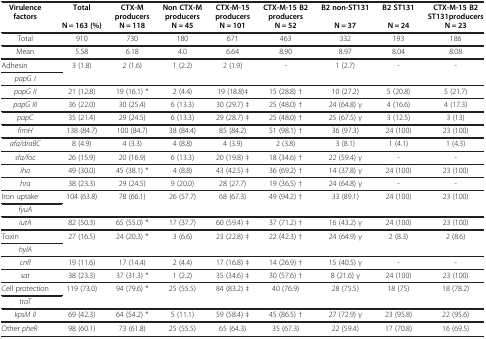
<table><thead><tr><td><b>Virulence factors</b></td><td><b>Total</b></td><td><b>CTX-M producers</b></td><td><b>Non CTX-M producers</b></td><td><b>CTX-M-15 producers</b></td><td><b>CTX-M-15 B2 producers</b></td><td><b>B2 non-ST131</b></td><td><b>B2 ST131</b></td><td><b>CTX-M-15 B2 ST131producers</b></td></tr><tr><td><b> </b></td><td><b>N = 163 (%)</b></td><td><b>N = 118</b></td><td><b>N = 45</b></td><td><b>N = 101</b></td><td><b>N = 52</b></td><td><b>N = 37</b></td><td><b>N = 24</b></td><td><b>N = 23</b></td></tr></thead><tbody><tr><td>Total</td><td>910</td><td>730</td><td>180</td><td>671</td><td>463</td><td>332</td><td>193</td><td>186</td></tr><tr><td>Mean</td><td>5.58</td><td>6.18</td><td>4.0</td><td>6.64</td><td>8.90</td><td>8.97</td><td>8.04</td><td>8.08</td></tr><tr><td>Adhesin</td><td rowspan="2">3 (1.8)</td><td rowspan="2">2 (1.6)</td><td rowspan="2">1 (2.2)</td><td rowspan="2">2 (1.9)</td><td rowspan="2">-</td><td rowspan="2">1 (2.7)</td><td rowspan="2">-</td><td rowspan="2">-</td></tr><tr><td><i>papG I</i></td></tr><tr><td><i>papG II</i></td><td>21 (12.8)</td><td>19 (16.1) *</td><td>2 (4.4)</td><td>19 (18.8)‡</td><td>15 (28.8) †</td><td>10 (27.2)</td><td>5 (20.8)</td><td>5 (21.7)</td></tr><tr><td><i>papG III</i></td><td>36 (22.0)</td><td>30 (25.4)</td><td>6 (13.3)</td><td>30 (29.7) ‡</td><td>25 (48.0) †</td><td>24 (64.8) γ</td><td>4 (16.6)</td><td>4 (17.3)</td></tr><tr><td><i>papC</i></td><td>35 (21.4)</td><td>29 (24.5)</td><td>6 (13.3)</td><td>29 (28.7) ‡</td><td>25 (48.0) †</td><td>25 (67.5) γ</td><td>3 (12.5)</td><td>3 (13)</td></tr><tr><td><i>fimH</i></td><td>138 (84.7)</td><td>100 (84.7)</td><td>38 (84.4)</td><td>85 (84.2)</td><td>51 (98.1) †</td><td>36 (97.3)</td><td>24 (100)</td><td>23 (100)</td></tr><tr><td><i>afa/draBC</i></td><td>8 (4.9)</td><td>4 (3.3)</td><td>4 (8.8)</td><td>4 (3.9)</td><td>2 (3.8)</td><td>3 (8.1)</td><td>1 (4.1)</td><td>1 (4.3)</td></tr><tr><td><i>sfa/foc</i></td><td>26 (15.9)</td><td>20 (16.9)</td><td>6 (13.3)</td><td>20 (19.8) ‡</td><td>18 (34.6) †</td><td>22 (59.4) γ</td><td>-</td><td>-</td></tr><tr><td><i>iha</i></td><td>49 (30.0)</td><td>45 (38.1) *</td><td>4 (8.8)</td><td>43 (42.5) ‡</td><td>36 (69.2) †</td><td>14 (37.8) γ</td><td>24 (100)</td><td>23 (100)</td></tr><tr><td><i>hra</i></td><td>38 (23.3)</td><td>29 (24.5)</td><td>9 (20.0)</td><td>28 (27.7)</td><td>19 (36.5) †</td><td>24 (64.8) γ</td><td>-</td><td>-</td></tr><tr><td>Iron uptake</td><td rowspan="2">104 (63.8)</td><td rowspan="2">78 (66.1)</td><td rowspan="2">26 (57.7)</td><td rowspan="2">68 (67.3)</td><td rowspan="2">49 (94.2) †</td><td rowspan="2">33 (89.1)</td><td rowspan="2">24 (100)</td><td rowspan="2">23 (100)</td></tr><tr><td><i>fyuA</i></td></tr><tr><td><i>iutA</i></td><td>82 (50.3)</td><td>65 (55.0) *</td><td>17 (37.7)</td><td>60 (59.4) ‡</td><td>37 (71.2) †</td><td>16 (43.2) γ</td><td>24 (100)</td><td>23 (100)</td></tr><tr><td>Toxin</td><td rowspan="2">27 (16.5)</td><td rowspan="2">24 (20.3) *</td><td rowspan="2">3 (6.6)</td><td rowspan="2">23 (22.8) ‡</td><td rowspan="2">22 (42.3) †</td><td rowspan="2">24 (64.9) γ</td><td rowspan="2">2 (8.3)</td><td rowspan="2">2 (8.6)</td></tr><tr><td><i>hylA</i></td></tr><tr><td><i>cnfI</i></td><td>19 (11.6)</td><td>17 (14.4)</td><td>2 (4.4)</td><td>17 (16.8) ‡</td><td>14 (26.9) †</td><td>15 (40.5) γ</td><td>-</td><td>-</td></tr><tr><td><i>sat</i></td><td>38 (23.3)</td><td>37 (31.3) *</td><td>1 (2.2)</td><td>35 (34.6) ‡</td><td>30 (57.6) †</td><td>8 (21.6) γ</td><td>24 (100)</td><td>23 (100)</td></tr><tr><td>Cell protection</td><td rowspan="2">119 (73.0)</td><td rowspan="2">94 (79.6) *</td><td rowspan="2">25 (55.5)</td><td rowspan="2">84 (83.2) ‡</td><td rowspan="2">40 (76.9)</td><td rowspan="2">28 (75.5)</td><td rowspan="2">18 (75)</td><td rowspan="2">18 (78.2)</td></tr><tr><td><i>traT</i></td></tr><tr><td><i>kpsM II</i></td><td>69 (42.3)</td><td>64 (54.2) *</td><td>5 (11.1)</td><td>59 (58.4) ‡</td><td>45 (86.5) †</td><td>27 (72.9) γ</td><td>23 (95.8)</td><td>22 (95.6)</td></tr><tr><td>Other <i>pheR</i></td><td>98 (60.1)</td><td>73 (61.8)</td><td>25 (55.5)</td><td>65 (64.3)</td><td>35 (67.3)</td><td>22 (59.4)</td><td>17 (70.8)</td><td>16 (69.5)</td></tr></tbody></table>